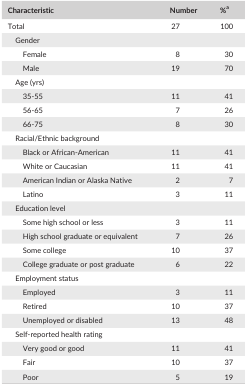
<table><thead><tr><td><b>Characteristic</b></td><td><b>Number</b></td><td><b>%a</b></td></tr></thead><tbody><tr><td>Total</td><td>27</td><td>100</td></tr><tr><td colspan="3">Gender</td></tr><tr><td>Female</td><td>8</td><td>30</td></tr><tr><td>Male</td><td>19</td><td>70</td></tr><tr><td colspan="3">Age (yrs)</td></tr><tr><td>35‐55</td><td>11</td><td>41</td></tr><tr><td>56‐65</td><td>7</td><td>26</td></tr><tr><td>66‐75</td><td>8</td><td>30</td></tr><tr><td colspan="3">Racial/Ethnic background</td></tr><tr><td>Black or African‐American</td><td>11</td><td>41</td></tr><tr><td>White or Caucasian</td><td>11</td><td>41</td></tr><tr><td>American Indian or Alaska Native</td><td>2</td><td>7</td></tr><tr><td>Latino</td><td>3</td><td>11</td></tr><tr><td colspan="3">Education level</td></tr><tr><td>Some high school or less</td><td>3</td><td>11</td></tr><tr><td>High school graduate or equivalent</td><td>7</td><td>26</td></tr><tr><td>Some college</td><td>10</td><td>37</td></tr><tr><td>College graduate or post graduate</td><td>6</td><td>22</td></tr><tr><td colspan="3">Employment status</td></tr><tr><td>Employed</td><td>3</td><td>11</td></tr><tr><td>Retired</td><td>10</td><td>37</td></tr><tr><td>Unemployed or disabled</td><td>13</td><td>48</td></tr><tr><td colspan="3">Self‐reported health rating</td></tr><tr><td>Very good or good</td><td>11</td><td>41</td></tr><tr><td>Fair</td><td>10</td><td>37</td></tr><tr><td>Poor</td><td>5</td><td>19</td></tr></tbody></table>